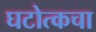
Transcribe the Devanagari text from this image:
घटोत्कचा